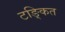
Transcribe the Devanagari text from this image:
टङ्कित